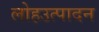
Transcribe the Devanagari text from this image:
लोहउत्पादन